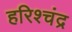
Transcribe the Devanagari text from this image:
हरिश्‍चंद्र